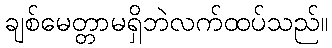
ချစ်မေတ္တာမရှိဘဲလက်ထပ်သည်။